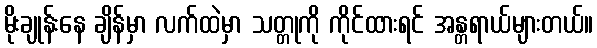
မိုးချုန်းနေ ချိန်မှာ လက်ထဲမှာ သတ္တုကို ကိုင်ထားရင် အန္တရာယ်များတယ်။